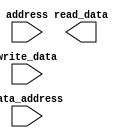
`timescale 1ns / 1ps
//////////////////////////////////////////////////////////////////////////////////
// Company: 
// Engineer: 
// 
// Design Name: 
// Module Name: data_mem
// Project Name: 
// Target Devices: 
// Tool Versions: 
// Description: 
// 
// Dependencies: 
// 
// Revision:
// Revision 0.01 - File Created
// Additional Comments:
// 
//////////////////////////////////////////////////////////////////////////////////

//The data memory is similar to the instruction memory, with an input of a 32-bit address,
//the Data Address[6] bit coming from SWITCHES[1]. The data memory should have the
//addition of the ability to write data in so a 32-bit data write in port and a 32-bit output
//port for data. This is similar to the RAM design in a previous lab.

module data_mem(
    input [31:0] address,
    input data_address, // One bit or array?
    input [31:0] write_data,
    output reg [31:0] read_data 
    );
endmodule